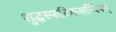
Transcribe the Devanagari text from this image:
शुद्धस्फटिकसन्निभम्